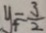
y _ { 4 } = \frac { 3 } { 2 }